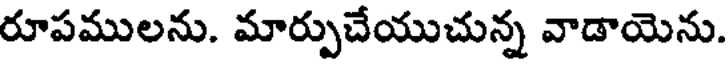
రూపములను. మార్పుచేయుచున్న వాడాయెను.